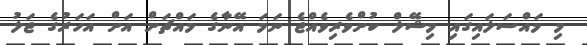
މި މައްސަލައިގައި މިޝޭލް ކުށްވެރިވެއްޖެ ނަމަ އޭނާގެ މައްޗަށް އަށް އަހަރުގެ ޖަލު